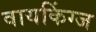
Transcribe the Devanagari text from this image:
वायकिंग्ज